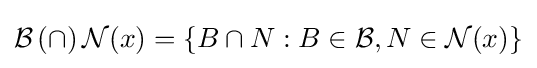
{\mathcal {B}}\,(\cap )\,{\mathcal {N}}(x)=\{B\cap N:B\in {\mathcal {B}},N\in {\mathcal {N}}(x)\}